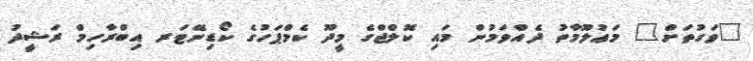
"ވަގުތަށް" މަޢުލޫމާތު ދެއްވަމުން މައި ކޮލްޖްގެ މީދޫ ކެމްޕަހުގެ ކޯޑިނޭޓަރ އިބްރާހިމް ރަޝީދު